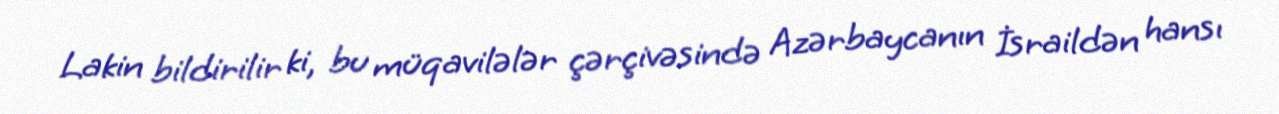
Lakin bildirilir ki, bu müqavilələr çərçivəsində Azərbaycanın İsraildən hansı